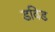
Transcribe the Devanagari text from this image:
डविड